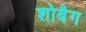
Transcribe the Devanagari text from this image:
शोबैग